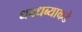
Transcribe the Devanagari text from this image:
धबधब्याकडे